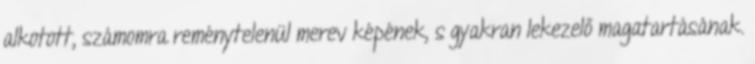
alkotott, számomra reménytelenül merev képének, s gyakran lekezelő magatartásának.